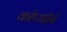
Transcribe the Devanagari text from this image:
कॉप्थॉर्न